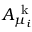
A _ { \mu _ { i } } ^ { \mathrm { ~ k ~ } }